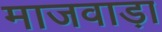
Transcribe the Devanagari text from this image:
माजवाड़ा